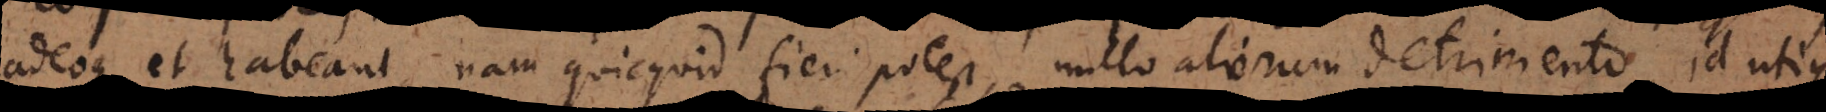
adeoque et habeant, nam quicquid fieri potest, nullo aliorum detrimento, id utique